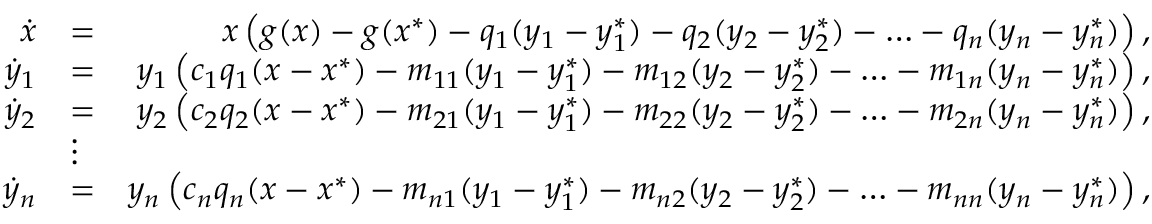
\begin{array} { r l r } { \dot { x } } & { = } & { x \left( g ( x ) - g ( x ^ { * } ) - q _ { 1 } ( y _ { 1 } - y _ { 1 } ^ { * } ) - q _ { 2 } ( y _ { 2 } - y _ { 2 } ^ { * } ) - \hdots - q _ { n } ( y _ { n } - y _ { n } ^ { * } ) \right) , } \\ { \dot { y } _ { 1 } } & { = } & { y _ { 1 } \left( c _ { 1 } q _ { 1 } ( x - x ^ { * } ) - m _ { 1 1 } ( y _ { 1 } - y _ { 1 } ^ { * } ) - m _ { 1 2 } ( y _ { 2 } - y _ { 2 } ^ { * } ) - \hdots - m _ { 1 n } ( y _ { n } - y _ { n } ^ { * } ) \right) , } \\ { \dot { y } _ { 2 } } & { = } & { y _ { 2 } \left( c _ { 2 } q _ { 2 } ( x - x ^ { * } ) - m _ { 2 1 } ( y _ { 1 } - y _ { 1 } ^ { * } ) - m _ { 2 2 } ( y _ { 2 } - y _ { 2 } ^ { * } ) - \hdots - m _ { 2 n } ( y _ { n } - y _ { n } ^ { * } ) \right) , } \\ & { \vdots } & \\ { \dot { y } _ { n } } & { = } & { y _ { n } \left( c _ { n } q _ { n } ( x - x ^ { * } ) - m _ { n 1 } ( y _ { 1 } - y _ { 1 } ^ { * } ) - m _ { n 2 } ( y _ { 2 } - y _ { 2 } ^ { * } ) - \hdots - m _ { n n } ( y _ { n } - y _ { n } ^ { * } ) \right) , } \end{array}